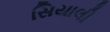
સિયાલી